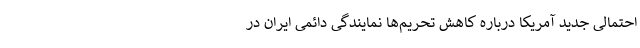
احتمالی جدید آمریکا درباره کاهش تحریم‌ها نمایندگی دائمی ایران در